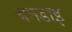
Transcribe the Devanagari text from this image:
बनडाइ